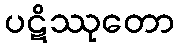
ပဋိဿုတော